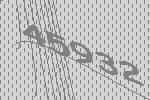
45932